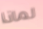
لماذا